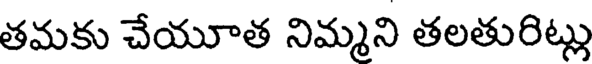
తమకు చేయూత నిమ్మని తలతురిట్లు